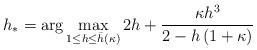
LaTeX: \begin{align*} \begin{aligned} h_* = \arg \max_{1 {} \leq {} h {} \leq {} \bar{h}(\kappa)} 2 h + \frac{\kappa h^3}{2-h\left(1+\kappa\right)} \end{aligned}\end{align*}